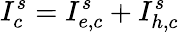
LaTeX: I_{c}^{s}=I_{e,c}^{s}+I_{h,c}^{s}